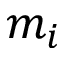
m _ { i }